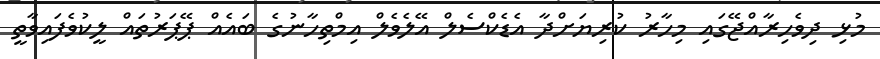
މުޅި ދިވެހިރާއްޖޭގައި މިހާރު ކުރިޔަށްދާ އެޑެކްސެލް އޭލެވެލް އިމްތިހާނުގެ ބައެއް ޕޭޕަރުތައް ލީކުވެފައިވާތީ